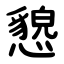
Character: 㦝